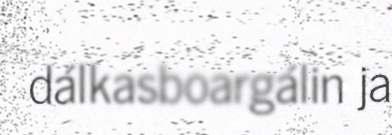
dálkasboargálin ja